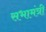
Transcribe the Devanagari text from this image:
सभामंत्री